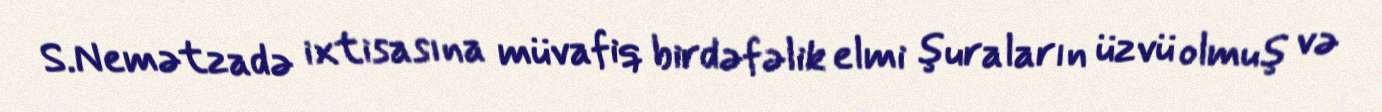
S.Nemətzadə ixtisasına müvafiq birdəfəlik elmi şuraların üzvü olmuş və